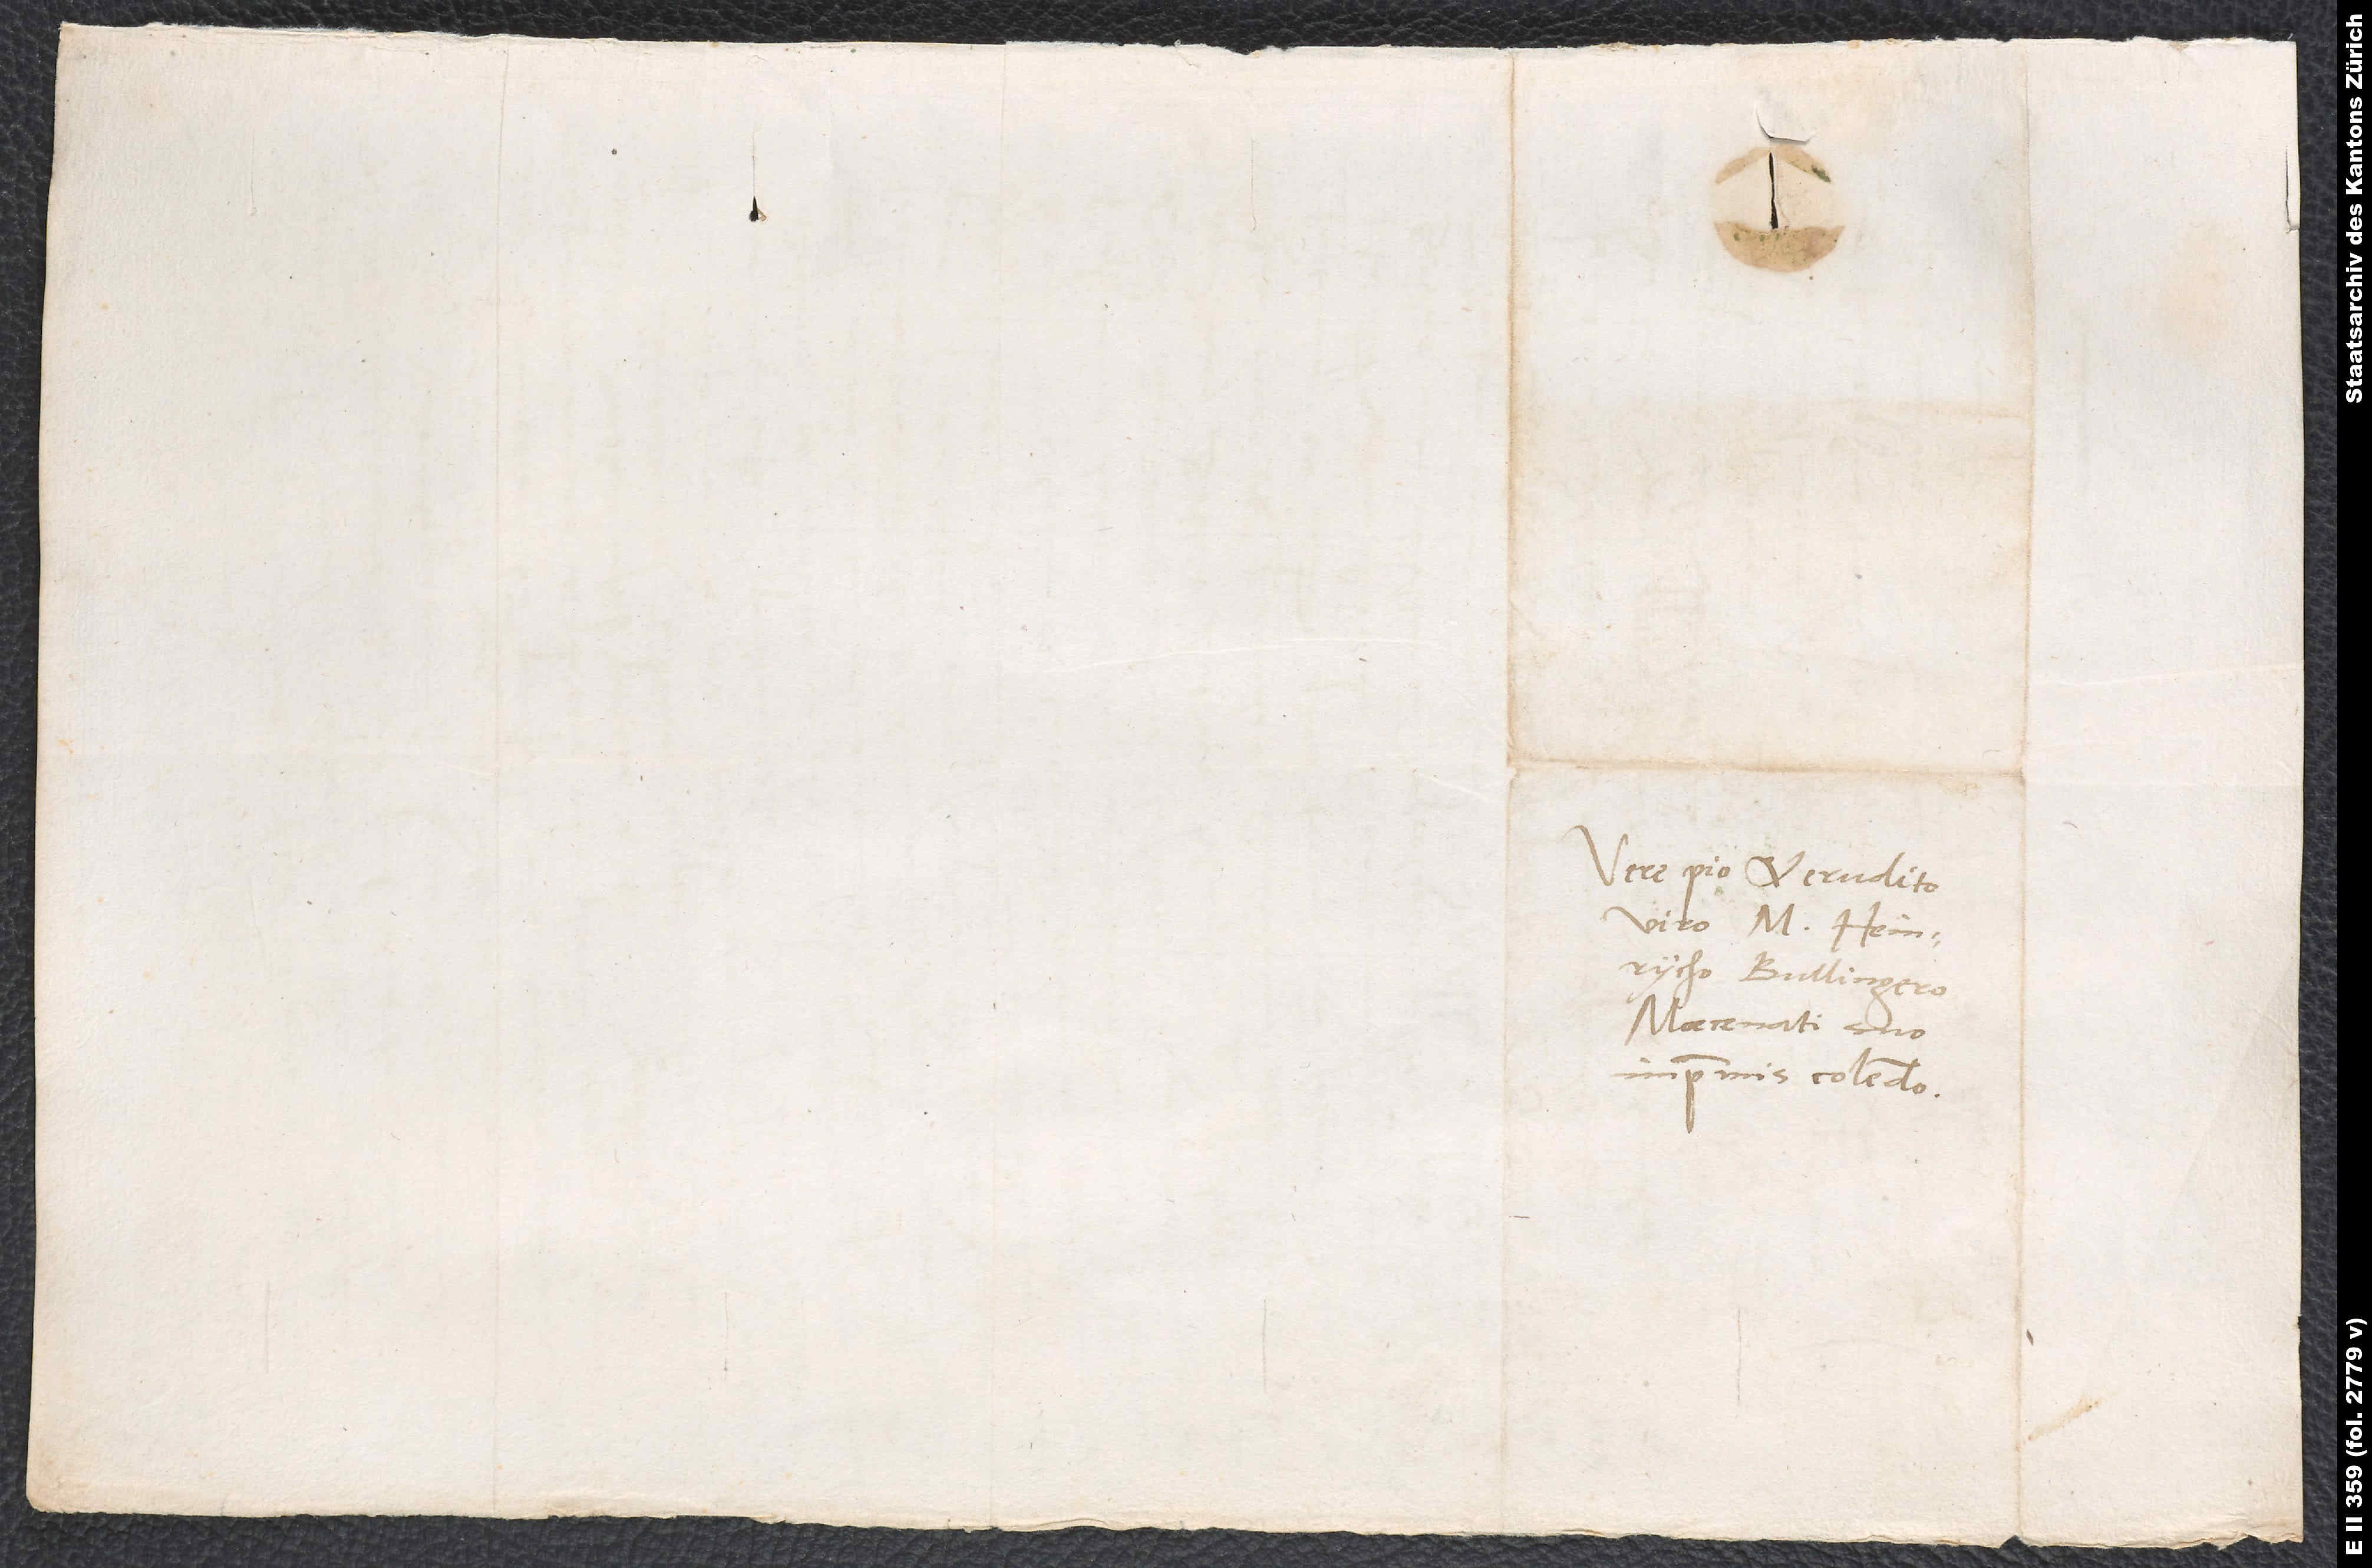
Vere pio et erudito
viro M. Heinrycho
Bullingero,
Moecenati suo